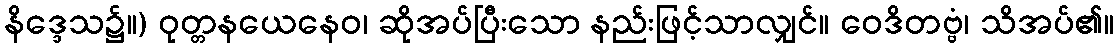
နိဒ္ဒေသ၌။) ဝုတ္တနယေနေဝ၊ ဆိုအပ်ပြီးသော နည်းဖြင့်သာလျှင်။ ဝေဒိတဗ္ဗံ၊ သိအပ်၏။